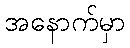
အနောက်မှာ